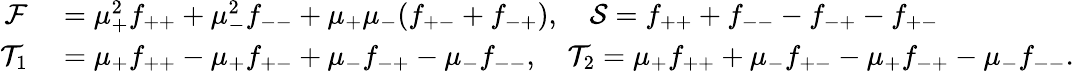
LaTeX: \begin{array}{rl}{\mathcal{F}}&{{}=\mu_{+}^{2}f_{++}+\mu_{-}^{2}f_{--}+\mu_{+}\mu_{-}(f_{+-}+f_{-+}),\quad\mathcal{S}=f_{++}+f_{--}-f_{-+}-f_{+-}}\\ {\mathcal{T}_{1}}&{{}=\mu_{+}f_{++}-\mu_{+}f_{+-}+\mu_{-}f_{-+}-\mu_{-}f_{--},\quad\mathcal{T}_{2}=\mu_{+}f_{++}+\mu_{-}f_{+-}-\mu_{+}f_{-+}-\mu_{-}f_{--}.}\end{array}